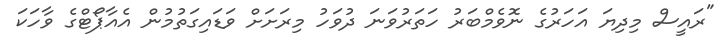
"ރައީސް މިދިޔަ އަހަރުގެ ނޮވެމްބަރު ހަތަރުވަނަ ދުވަހު މިރަށަށް ވަޑައިގަތުމުން އެއާޕޯޓްގެ ވާހަކަ